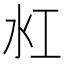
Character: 𬇔